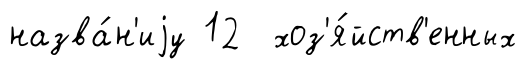
назва́н'иjу 12 хоз'я́йств'енных